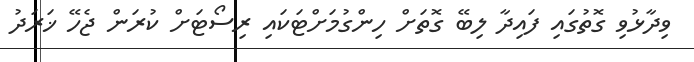
ވިދާޅުވި ގޮތުގައި ފައިދާ ލިބޭ ގޮތަށް ހިންގުމަށްޓަކައި ރިސޯޓަށް ކުރަން ޖެހޭ ޚަރަދު